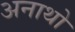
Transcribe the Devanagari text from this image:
अनाथो